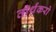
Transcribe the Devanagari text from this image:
तीर्थंकरो